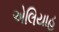
એલિયાહૂ